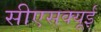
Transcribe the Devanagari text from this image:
सीएसक्यूई